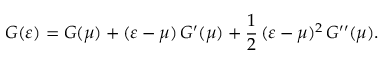
G ( \varepsilon ) = G ( \mu ) + ( \varepsilon - \mu ) \, G ^ { \prime } ( \mu ) + \frac { 1 } { 2 } \, ( \varepsilon - \mu ) ^ { 2 } \, G ^ { \prime \prime } ( \mu ) .